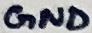
Text: GND